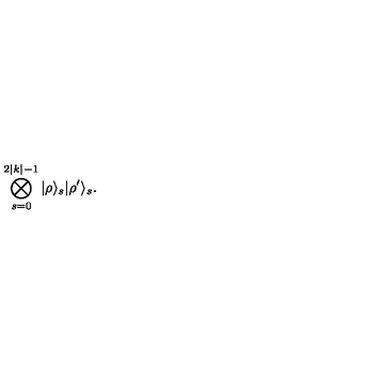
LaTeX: \bigotimes _ { s = 0 } ^ { 2 | k | - 1 } | \rho \rangle _ { s } | \rho ^ { \prime } \rangle _ { s } .